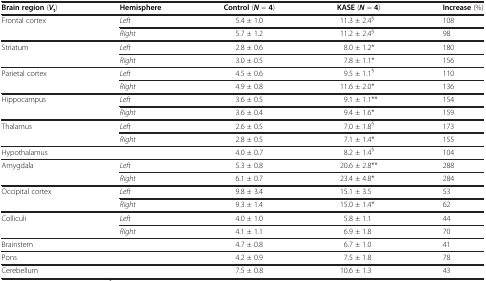
<table><thead><tr><td><b>Brain region (<i>V</i><sub>t</sub>)</b></td><td><b>Hemisphere</b></td><td><b>Control (<i>N</i> = 4)</b></td><td><b>KASE (<i>N</i> = 4)</b></td><td><b>Increase (%)</b></td></tr></thead><tbody><tr><td>Frontal cortex</td><td><i>Left</i></td><td>5.4 ± 1.0</td><td>11.3 ± 2.4<sup>§</sup></td><td>108</td></tr><tr><td> </td><td><i>Right</i></td><td>5.7 ± 1.2</td><td>11.2 ± 2.4<sup>§</sup></td><td>98</td></tr><tr><td>Striatum</td><td><i>Left</i></td><td>2.8 ± 0.6</td><td>8.0 ± 1.2*</td><td>180</td></tr><tr><td> </td><td><i>Right</i></td><td>3.0 ± 0.5</td><td>7.8 ± 1.1*</td><td>156</td></tr><tr><td>Parietal cortex</td><td><i>Left</i></td><td>4.5 ± 0.6</td><td>9.5 ± 1.1<sup>§</sup></td><td>110</td></tr><tr><td> </td><td><i>Right</i></td><td>4.9 ± 0.8</td><td>11.6 ± 2.0*</td><td>136</td></tr><tr><td>Hippocampus</td><td><i>Left</i></td><td>3.6 ± 0.5</td><td>9.1 ± 1.1**</td><td>154</td></tr><tr><td> </td><td><i>Right</i></td><td>3.6 ± 0.4</td><td>9.4 ± 1.6*</td><td>159</td></tr><tr><td>Thalamus</td><td><i>Left</i></td><td>2.6 ± 0.5</td><td>7.0 ± 1.8<sup>§</sup></td><td>173</td></tr><tr><td> </td><td><i>Right</i></td><td>2.8 ± 0.5</td><td>7.1 ± 1.4*</td><td>155</td></tr><tr><td>Hypothalamus</td><td> </td><td>4.0 ± 0.7</td><td>8.2 ± 1.4<sup>§</sup></td><td>104</td></tr><tr><td>Amygdala</td><td><i>Left</i></td><td>5.3 ± 0.8</td><td>20.6 ± 2.8**</td><td>288</td></tr><tr><td> </td><td><i>Right</i></td><td>6.1 ± 0.7</td><td>23.4 ± 4.8*</td><td>284</td></tr><tr><td>Occipital cortex</td><td><i>Left</i></td><td>9.8 ± 3.4</td><td>15.1 ± 3.5</td><td>53</td></tr><tr><td> </td><td><i>Right</i></td><td>9.3 ± 1.4</td><td>15.0 ± 1.4*</td><td>62</td></tr><tr><td>Colliculi</td><td><i>Left</i></td><td>4.0 ± 1.0</td><td>5.8 ± 1.1</td><td>44</td></tr><tr><td> </td><td><i>Right</i></td><td>4.1 ± 1.1</td><td>6.9 ± 1.8</td><td>70</td></tr><tr><td>Brainstem</td><td> </td><td>4.7 ± 0.8</td><td>6.7 ± 1.0</td><td>41</td></tr><tr><td>Pons</td><td> </td><td>4.2 ± 0.9</td><td>7.5 ± 1.8</td><td>78</td></tr><tr><td>Cerebellum</td><td> </td><td>7.5 ± 0.8</td><td>10.6 ± 1.3</td><td>43</td></tr></tbody></table>